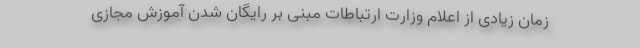
زمان زیادی از اعلام وزارت ارتباطات مبنی بر رایگان شدن آموزش مجازی